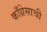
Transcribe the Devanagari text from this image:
काँग्रेसाची